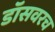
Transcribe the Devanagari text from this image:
डॉसवरच